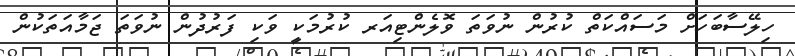
ހިލޭސާބަހަށް މަސައްކަތް ކުރުން ނުވަތަ ވޮލެންޓިއަރ ކުރުމަކީ ވަކި ފަރުދުން ނުވަތަ ޖަމާއަތަކުން